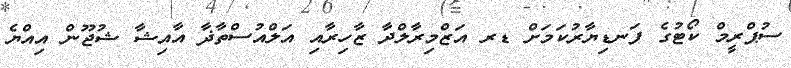
ސުޕްރީމް ކޯޓުގެ ފަނޑިޔާރުކަމަށް ޑރ އަޒްމިރާލްދާ ޒާހިރާއި އަލްއުސްތާޛާ އާއިޝާ ޝުޖޫން އިއްޔެ